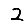
Digit: 2